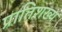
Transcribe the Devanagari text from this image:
प्रातिशख्य